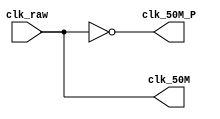
// 50MHz
`define SIM


module generate_clk (
        input      clk_raw,
        output     clk_50M,clk_50M_P
    );

    `ifndef SIM
            wire lock_o;
    wire clkoutd_o;
    wire clkoutd3_o;
    wire gw_vcc=1'b1;
    wire gw_gnd=1'b0;

    rPLL rpll_inst (
             .CLKOUT(clk_50M),
             .LOCK(lock_o),
             .CLKOUTP(clk_50M_P),
             .CLKOUTD(clkoutd_o),
             .CLKOUTD3(clkoutd3_o),
             .RESET(gw_gnd),
             .RESET_P(gw_gnd),
             .CLKIN(clk27M),
             .CLKFB(gw_gnd),
             .FBDSEL({gw_gnd,gw_gnd,gw_gnd,gw_gnd,gw_gnd,gw_gnd}),
             .IDSEL({gw_gnd,gw_gnd,gw_gnd,gw_gnd,gw_gnd,gw_gnd}),
             .ODSEL({gw_gnd,gw_gnd,gw_gnd,gw_gnd,gw_gnd,gw_gnd}),
             .PSDA({gw_gnd,gw_gnd,gw_gnd,gw_gnd}),
             .DUTYDA({gw_gnd,gw_gnd,gw_gnd,gw_gnd}),
             .FDLY({gw_vcc,gw_vcc,gw_vcc,gw_vcc})
         );

    //Freq CLKOUT = CLKIN * (FBDIV_SEL+1) / (IDIV_SEL+1)
    //Freq 50 MHz = 27 * (12+1) / (6+1)

    defparam rpll_inst.FCLKIN = "27";
    defparam rpll_inst.DYN_IDIV_SEL = "false";
    defparam rpll_inst.IDIV_SEL = 6;
    defparam rpll_inst.DYN_FBDIV_SEL = "false";
    defparam rpll_inst.FBDIV_SEL = 12;
    defparam rpll_inst.DYN_ODIV_SEL = "false";
    defparam rpll_inst.ODIV_SEL = 16;
    defparam rpll_inst.PSDA_SEL = "1000";
    defparam rpll_inst.DYN_DA_EN = "false";
    defparam rpll_inst.DUTYDA_SEL = "1000";
    defparam rpll_inst.CLKOUT_FT_DIR = 1'b1;
    defparam rpll_inst.CLKOUTP_FT_DIR = 1'b1;
    defparam rpll_inst.CLKOUT_DLY_STEP = 0;
    defparam rpll_inst.CLKOUTP_DLY_STEP = 0;
    defparam rpll_inst.CLKFB_SEL = "internal";
    defparam rpll_inst.CLKOUT_BYPASS = "false";
    defparam rpll_inst.CLKOUTP_BYPASS = "false";
    defparam rpll_inst.CLKOUTD_BYPASS = "false";
    defparam rpll_inst.DYN_SDIV_SEL = 2;
    defparam rpll_inst.CLKOUTD_SRC = "CLKOUT";
    defparam rpll_inst.CLKOUTD3_SRC = "CLKOUT";
    defparam rpll_inst.DEVICE = "GW2A-18C";


`else
    assign clk_50M=clk_raw;
    assign clk_50M_P=~clk_raw;
`endif

endmodule //generate_clk